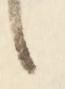
候